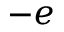
- e